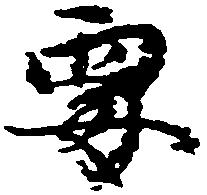
要